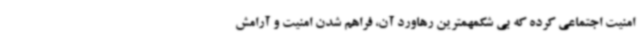
امنیت اجتماعی کرده که بی شکمهمترین رهاورد آن، فراهم شدن امنیت و آرامش